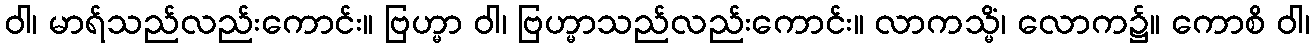
ဝါ၊ မာရ်သည်လည်းကောင်း။ ဗြဟ္မာ ဝါ၊ ဗြဟ္မာသည်လည်းကောင်း။ လာကသ္မိံ၊ လောက၌။ ကောစိ ဝါ၊